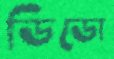
ডিডো